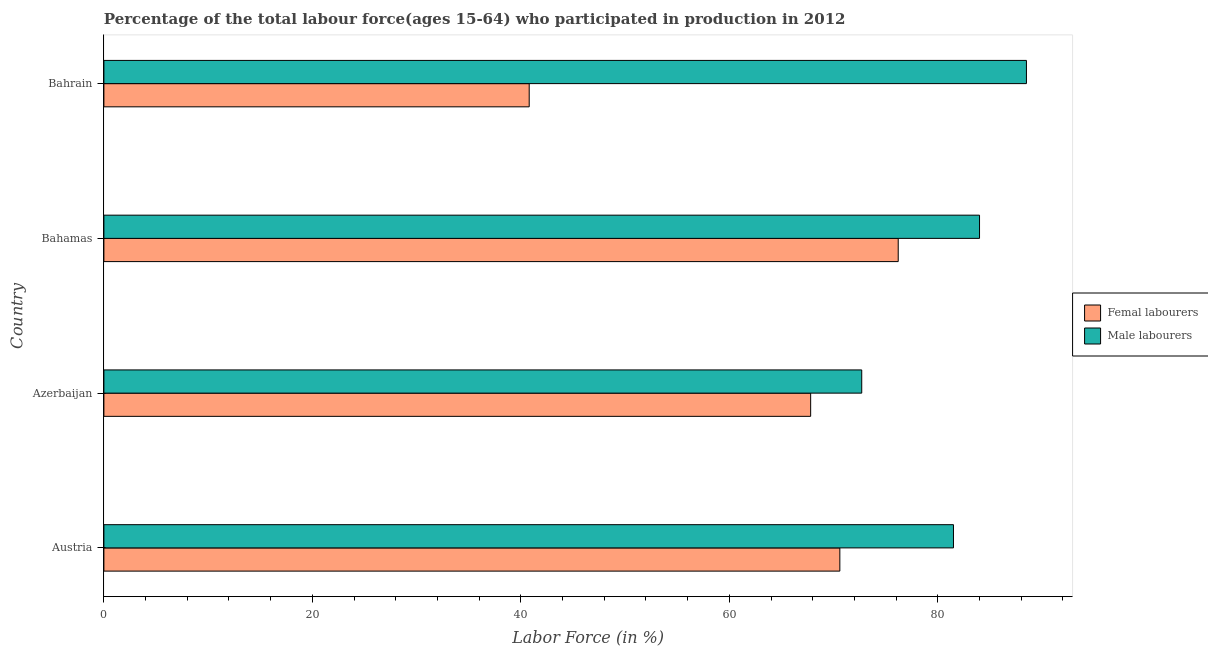
| Country | Femal labourers | Male labourers |
 | --- | --- | --- |
 | Austria | 70.6 | 81.5 |
 | Azerbaijan | 67.8 | 72.7 |
 | Bahamas | 76.2 | 84 |
 | Bahrain | 40.8 | 88.5 |